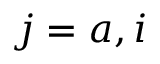
j = a , i